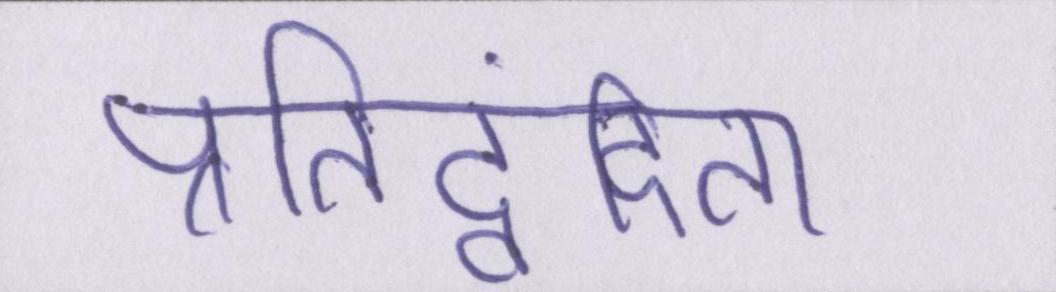
प्रतिद्वंदिता